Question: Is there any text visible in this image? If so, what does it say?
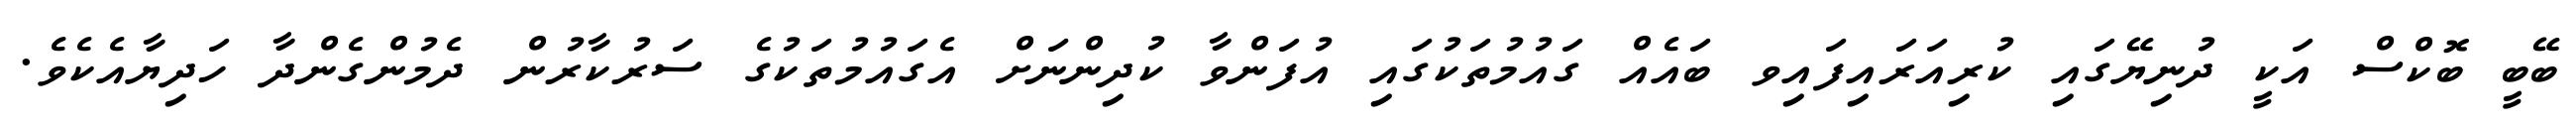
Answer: ބޭބީ ބޮކްސް އަކީ ދުނިޔޭގައި ކުރިއަރައިފައިވ ބައެއް ގައުމުތަކުގައި އުފަންވާ ކުދިންނަށް އެގައުމުތަކުގެ ސަރުކާރުން ދެމުންގެންދާ ހަދިޔާއެކެވެ.